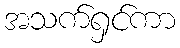
အသက်ရှင်ကာ